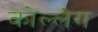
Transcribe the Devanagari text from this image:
कोल्लेग